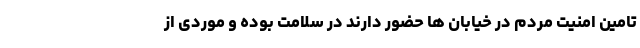
تامین امنیت مردم در خیابان ها حضور دارند در سلامت بوده و موردی از